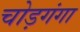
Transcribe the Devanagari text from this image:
चोड़गंगा